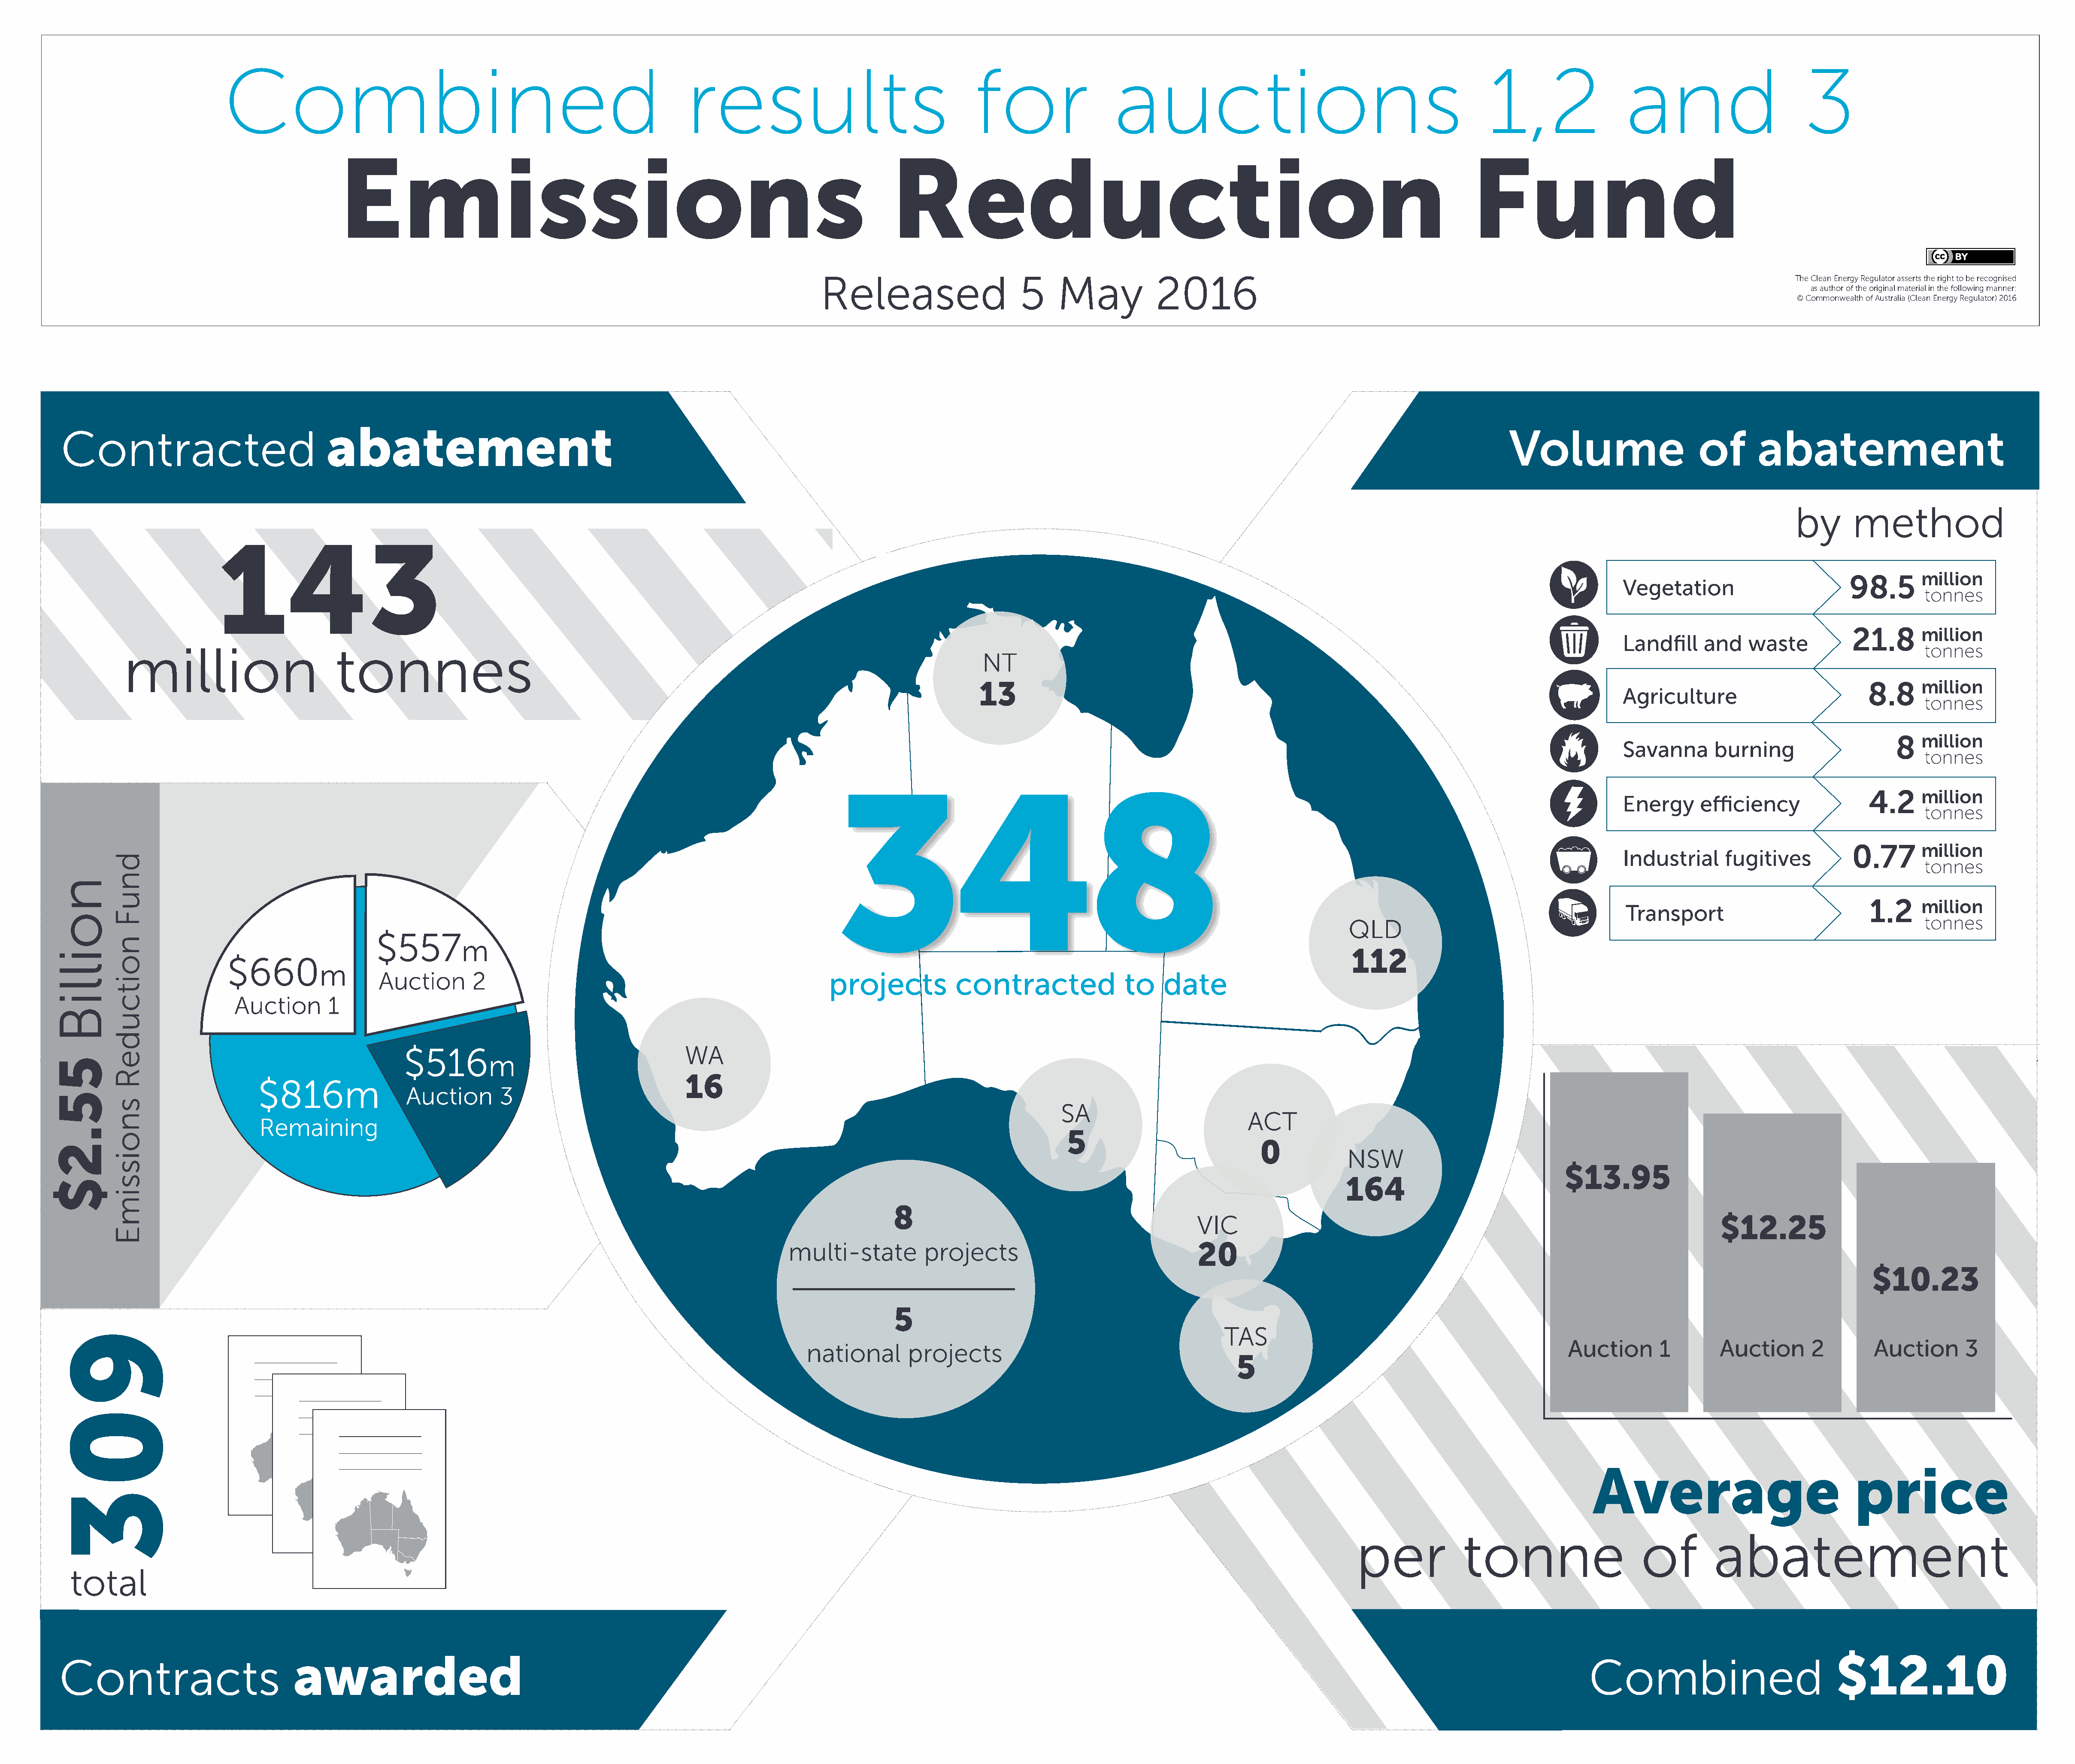
Combined                                                               results                                     for                   auctions                                                 1,2                   and                        3
 Emissions                                                                            Reduction                                                                                 Fund
 Released                      5     May            2016                                                                                               The Clean Energy Regulator asserts the right to be recognised
 as author of the original material in the following manner:
 © Commonwealth of Australia (Clean Energy Regulator) 2016
 abatement
 Contracted                                                                                                                                                                                                                      Volume                       of       abatement
 by       method
 143
 98.5       million
 Vegetation
 tonnes
 21.8      million
 Landfill     and    waste
 million                          tonnes                                                                                                                                                                                                                                               tonnes
 NT
 13                                                                                                                                       8.8     million
 Agriculture
 tonnes
 8   million
 Savanna       burning
 tonnes
 348
 4.2     million
 Energy      efficiency
 tonnes
 0.77      million
 Industrial      fugitives
 tonnes
 1.2     million
 Transport
 tonnes
 QLD
 $557
 m
 112
 $660
 m
 Auction        2                                                      projects           contracted                to    date
 Auction        1
 $516                                        WA
 m
 16
 $816m
 Auction       3
 SA
 ACT
 Remaining
 5
 0
 NSW
 $13.95
 164
 8
 VIC                                                                             $12.25
 multi-state          projects                                  20
 $10.23
 5
 TAS
 Auction       1        Auction       2         Auction       3
 national        projects
 5
 Average                                 price
 per              tonne                      of         abatement
 total
 awarded                                                                                                                                                                                                                                       $12.10
 Contracts                                                                                                                                                                                                                                   Combined
 903
 dnuF
 noitcudeR
 snoissimE